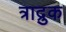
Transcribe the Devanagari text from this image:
त्राद्रुक